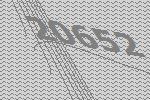
20652